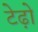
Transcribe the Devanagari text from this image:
टेढ़ो